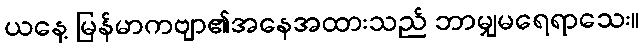
ယနေ့ မြန်မာကဗျာ၏အနေအထားသည် ဘာမျှမရေရာသေး။